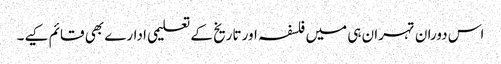
اس دوران تہران ہی میں فلسفہ اور تاریخ کے تعلیمی ادارے بھی قائم کیے۔